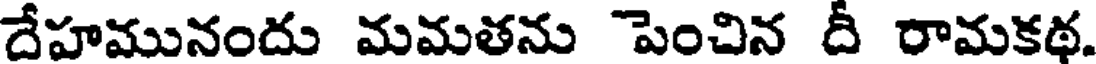
దేహమునందు మమతను పెంచిన దీ రామకథ.